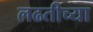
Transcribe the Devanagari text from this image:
लढतीच्या